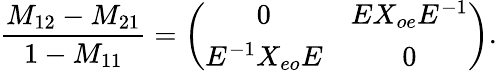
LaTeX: {\frac{M_{12}-M_{21}}{1-M_{11}}}=\left(\begin{array}{cc}{{0}}&{{EX_{oe}E^{-1}}}\\ {{E^{-1}X_{eo}E}}&{{0}}\end{array}\right).